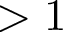
> 1